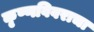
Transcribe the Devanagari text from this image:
कृष्णविवराचा